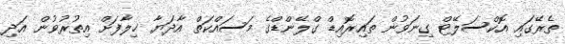
ތެރޭގައި އޮކްސަލޭޓް ގިނަވުން ތައިރޮއިޑް ގްލޭންޑްގެ މަސައްކަތް އާދަޔާ ޚިލާފަށް އިތުރުވުން އަދި